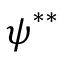
\boldsymbol { \psi } ^ { * * }